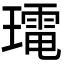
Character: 𭺀